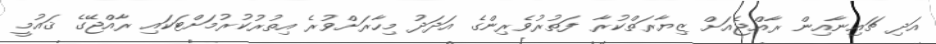
އަދި ޗައިނާއިން ރާއްޖެއަށް ޒިޔާރަތްކުރާ ފަތުރުވެރިންގެ އަދަދު މިހާރަށްވުރެ އިތުރުކުރުމަށްޓަކައި ރާއްޖޭގެ ޤައުމީ